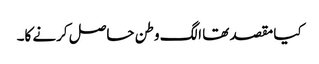
کیا مقصد تھا الگ وطن حاصل کرنے کا۔